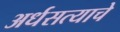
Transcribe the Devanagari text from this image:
अर्धसत्याचे